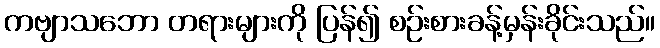
ကဗျာသဘော တရားများကို ပြန်၍ စဉ်းစားခန့်မှန်းခိုင်းသည်။